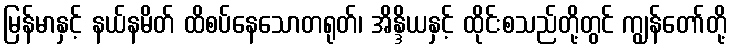
မြန်မာနှင့် နယ်နမိတ် ထိစပ်နေသောတရုတ်၊ အိန္ဒိယနှင့် ထိုင်းစသည်တို့တွင် ကျွန်တော်တို့